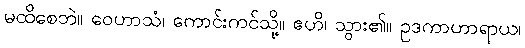
မထိစေဘဲ။ ဝေဟာသံ၊ ကောင်းကင်သို့။ ဧဟိ၊ သွား၏။ ဥဒကာဟာရာယ၊